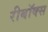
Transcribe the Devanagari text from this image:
रीबॉक्स